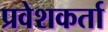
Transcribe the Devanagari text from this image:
प्रवेशकर्ता